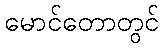
မောင်တောတွင်